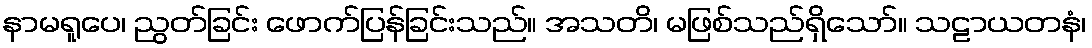
နာမရူပေ၊ ညွတ်ခြင်း ဖောက်ပြန်ခြင်းသည်။ အသတိ၊ မဖြစ်သည်ရှိသော်။ သဠာယတနံ၊